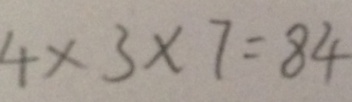
4 \times 3 \times 7 = 8 4